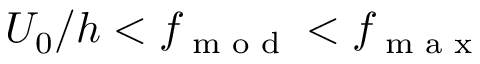
U _ { 0 } / h < f _ { \textrm { m o d } } < f _ { \textrm { m a x } }